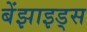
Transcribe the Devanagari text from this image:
बेंझाइड्स